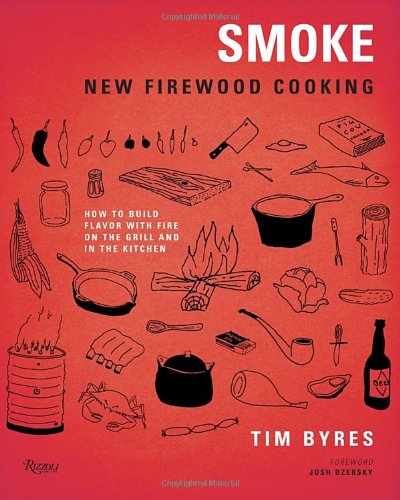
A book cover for Smoke: New Firewood Cooking; Tim Byres; Cookbooks, Food & Wine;